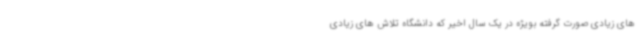
های زیادی صورت گرفته بویژه در یک سال اخیر که دانشگاه تلاش های زیادی